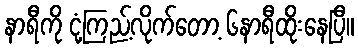
နာရီကို ငုံ့ကြည့်လိုက်တော့ ၆နာရီထိုးနေပြီ။